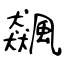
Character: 飆